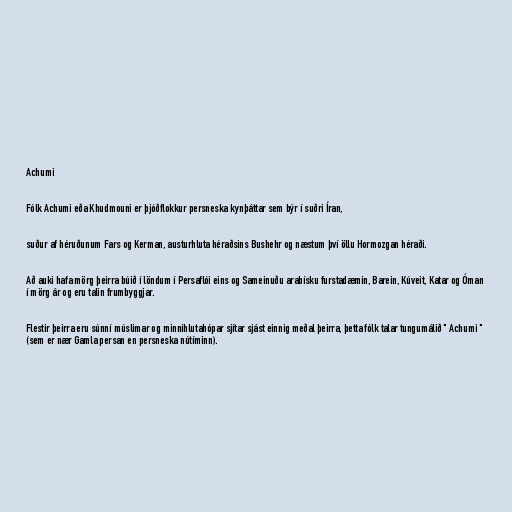
Achumi

Fólk Achumi eða Khudmouni er þjóðflokkur persneska kynþáttar sem býr í suðri Íran,

suður af héruðunum Fars og Kerman, austurhluta héraðsins Bushehr og næstum því öllu Hormozgan héraði.

Að auki hafa mörg þeirra búið í löndum í Persaflói eins og Sameinuðu arabísku furstadæmin, Barein, Kúveit, Katar og Óman
í mörg ár og eru talin frumbyggjar.

Flestir þeirra eru súnní múslimar og minnihlutahópar sjítar sjást einnig meðal þeirra, þetta fólk talar tungumálið " Achumi "
(sem er nær Gamla persan en persneska nútíminn).